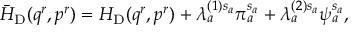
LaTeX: \bar { H } _ { \mathrm { D } } ( q ^ { r } , p ^ { r } ) = H _ { \mathrm { D } } ( q ^ { r } , p ^ { r } ) + \lambda _ { a } ^ { ( 1 ) s _ { a } } \pi _ { a } ^ { s _ { a } } + \lambda _ { a } ^ { ( 2 ) s _ { a } } \psi _ { a } ^ { s _ { a } } ,